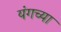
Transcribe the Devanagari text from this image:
यंगच्या